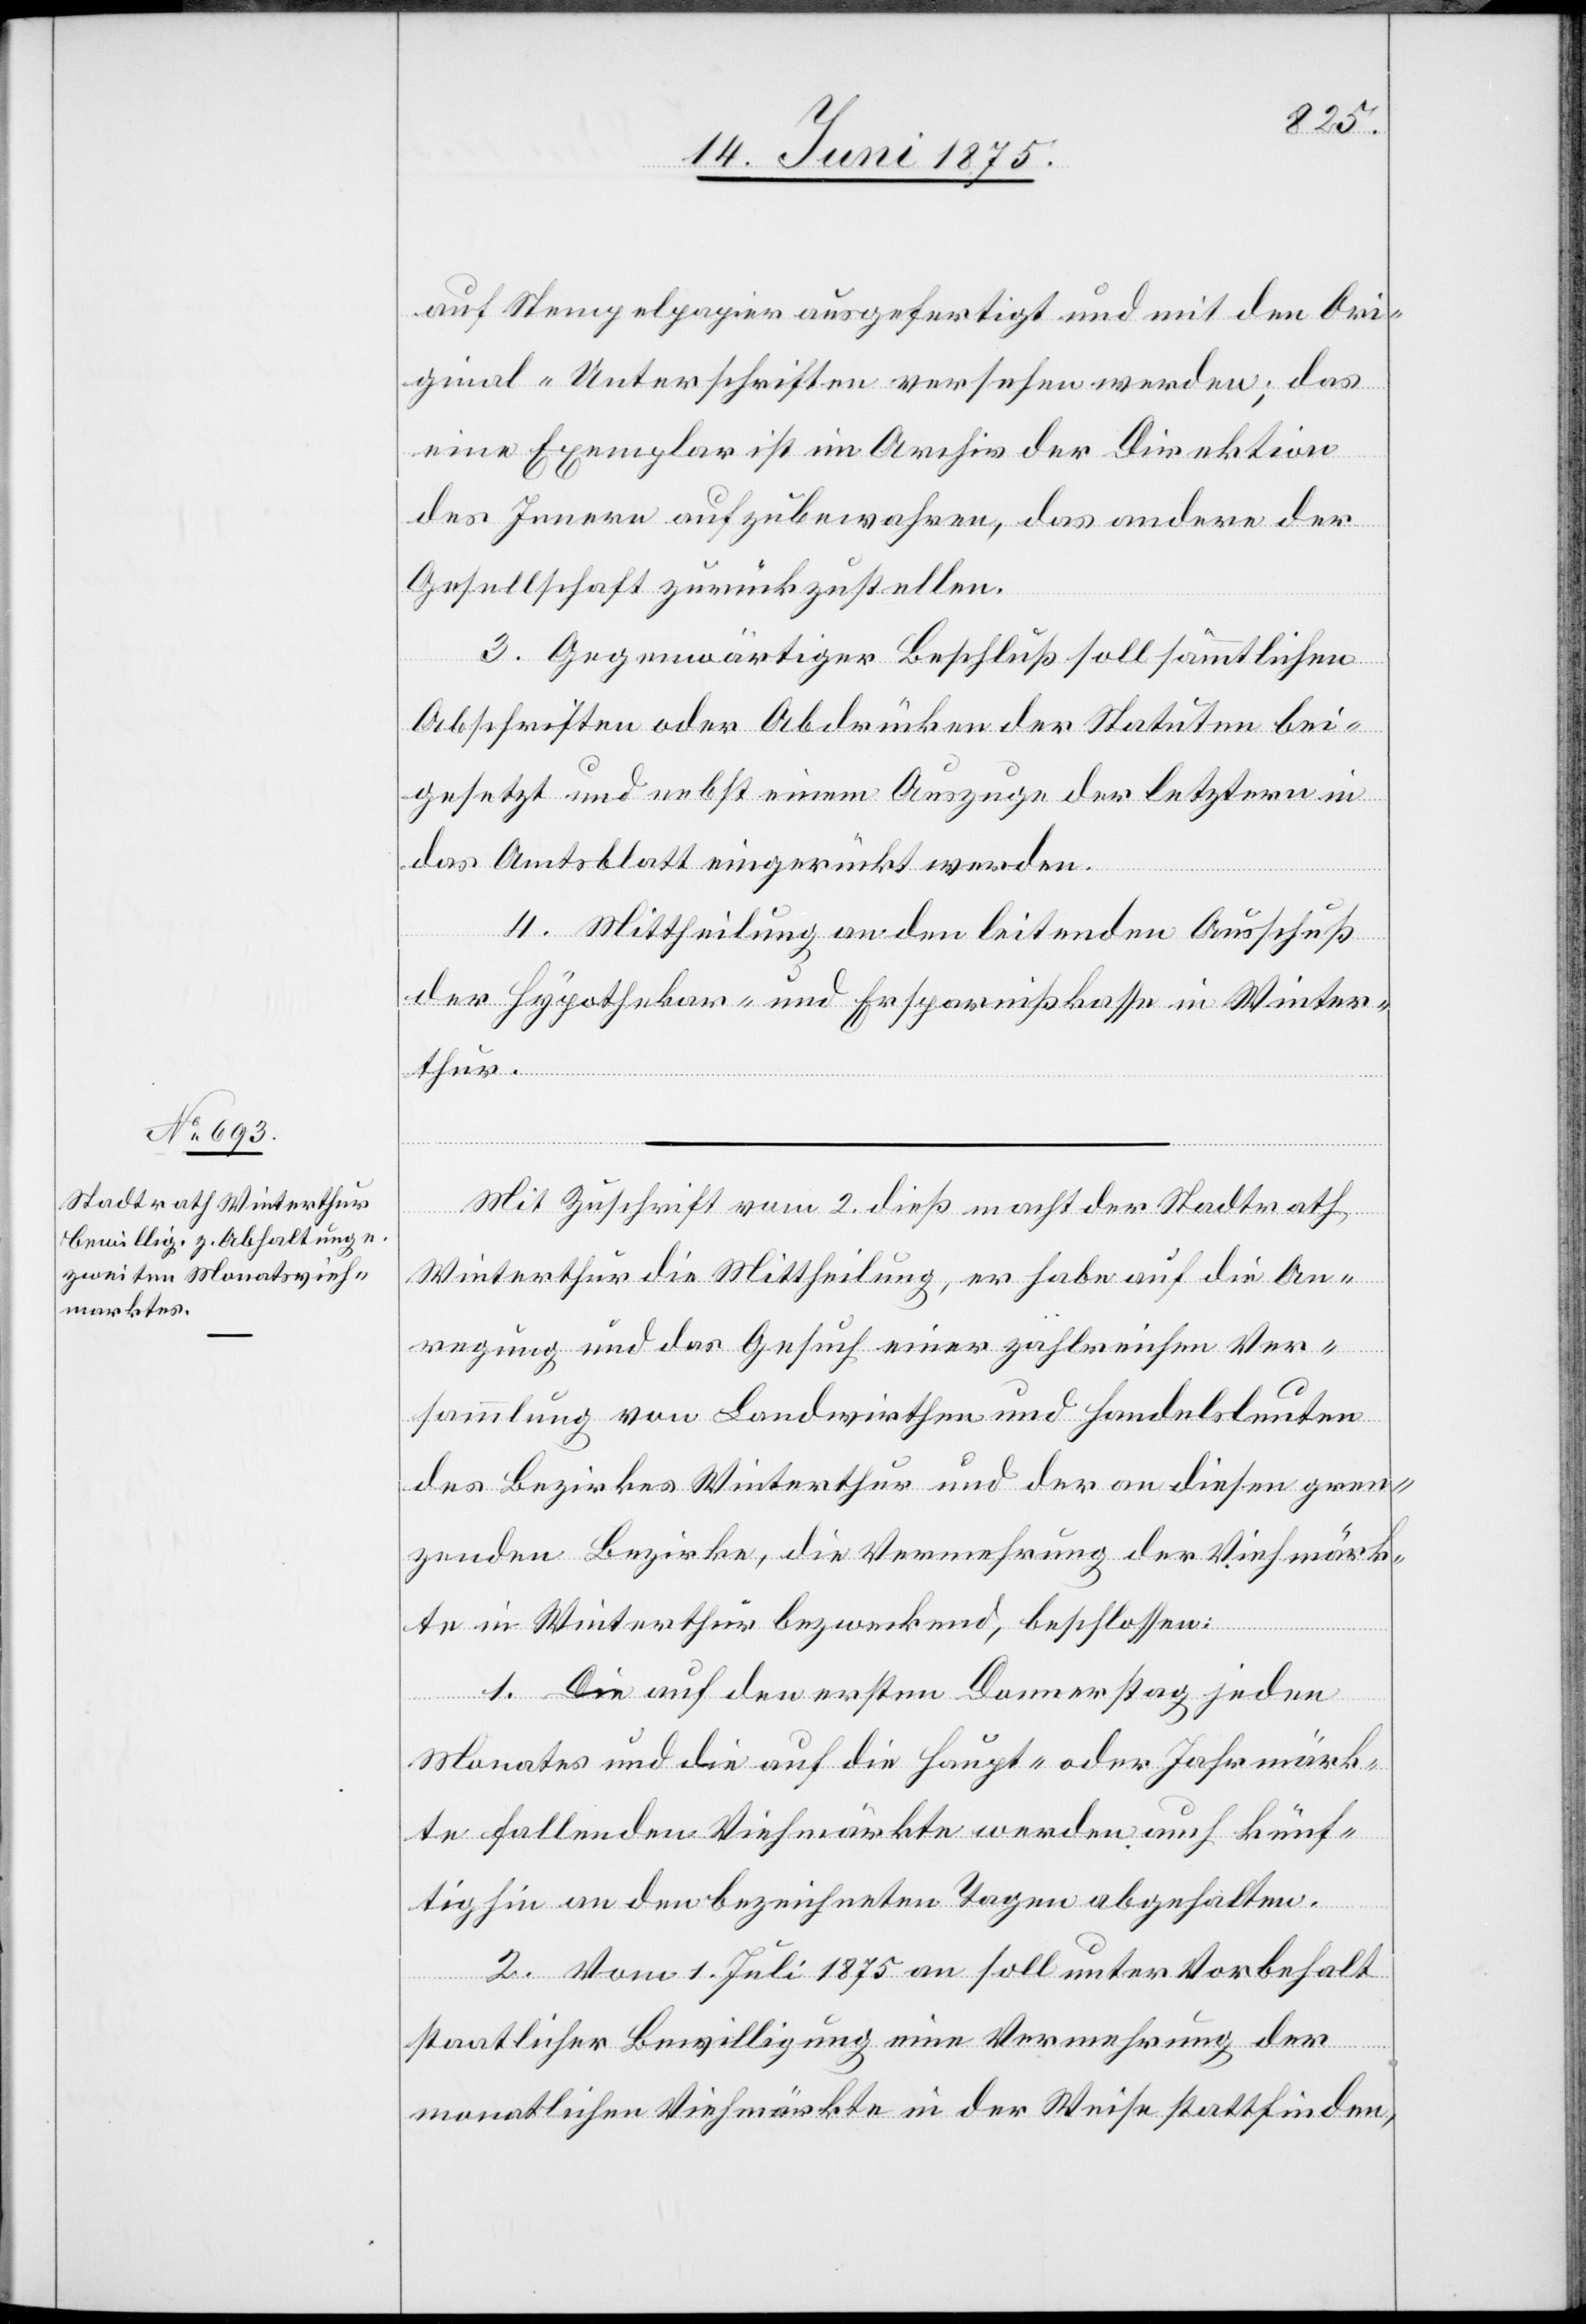
auf Stempelpapier ausgefertigt und mit den Ori¬
ginal-Unterschriften versehen werden; das
eine Exemplar ist im Archiv der Direktion
des Innern aufzubewahren, das andere der
Gesellschaft zurückzustellen.
3. Gegenwärtiger Beschluß soll sämmtlichen
Abschriften oder Abdrücken der Statuten bei¬
gesetzt und nebst einem Auszuge der letztern in
das Amtsblatt eingerückt werden.
4. Mittheilung an den leitenden Ausschuß
der Hypothekar- und Ersparnißkasse in Winter¬
thur.
Mit Zuschrift vom 2. dieß macht der Stadtrath
Winterthur die Mittheilung , er habe auf die An¬
regung und das Gesuch einer zahlreichen Ver¬
sammlung von Landwirthen und Handelsleuten
des Bezirkes Winterthur und der an diesen gren¬
zenden Bezirke, die Vermehrung der Viehmärk¬
te in Winterthur bezweckend, beschlossen:
1. Die auf den ersten Donnerstag jeden
Monats und die auf die Haupt- oder Jahrmärk¬
te fallenden Viehmärkte werden auch künf¬
tighin an den bezeichneten Tagen abgehalten.
2. Vom 1. Juli 1875 an soll unter Vorbehalt
staatlicher Bewilligung eine Vermehrung der
monatlichen Viehmärkte in der Weise stattfinden,